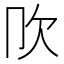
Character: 𣢀